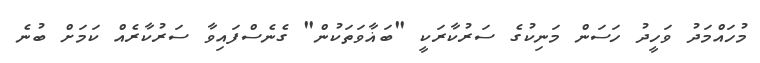
މުހައްމަދު ވަހީދު ހަސަން މަނިކުގެ ސަރުކާރަކީ "ބަޣާވަތަކުން" ގެނެސްފައިވާ ސަރުކާރެއް ކަމަށް ބުނެ